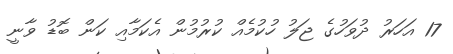
17 އަހަރު ދުވަހުގެ ޖަލު ހުކުމެއް ކުރުމުން އެކަމާއި ކަން ބޮޑު ވާނީ